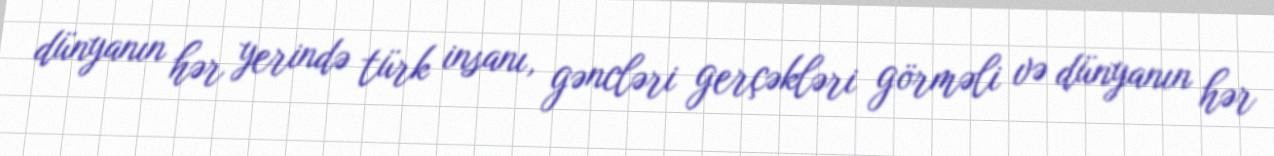
dünyanın hər yerində türk insanı, gəncləri gerçəkləri görməli və dünyanın hər